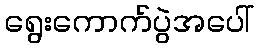
ရွေးကောက်ပွဲအပေါ်